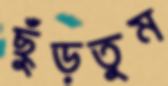
ছুঁড়তুম